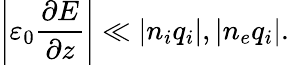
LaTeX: \left|\varepsilon_{0}\frac{\partial E}{\partial z}\right|\ll\left|n_{i}q_{i}\right|,\left|n_{e}q_{i}\right|.